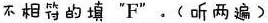
不相符的填"F".(听两遍)